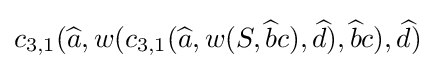
c_{3,1}({\widehat {a}},w(c_{3,1}({\widehat {a}},w(S,{\widehat {b}}c),{\widehat {d}}),{\widehat {b}}c),{\widehat {d}})